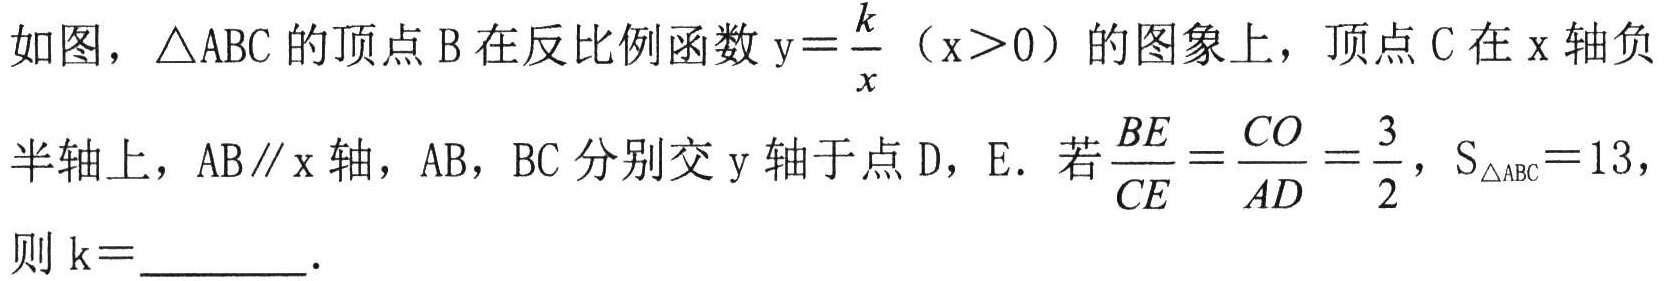
如图，\(\triangle ABC\)的顶点\(B\)在反比例函数\(y = \dfrac{k}{x}(x>0)\)的图象上，顶点\(C\)在\(x\)轴负半轴上，\(AB\parallel x\)轴，\(AB\)，\(BC\)分别交\(y\)轴于点\(D\)，\(E\)。若\(\dfrac{BE}{CE}=\dfrac{CO}{AD}=\dfrac{3}{2}\)，\(S_{\triangle ABC}=13\)，则\(k =\)  ．